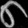
Digit: ၈